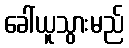
ခေါ်ယူသွားမည်